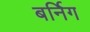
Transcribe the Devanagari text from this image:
बर्निग